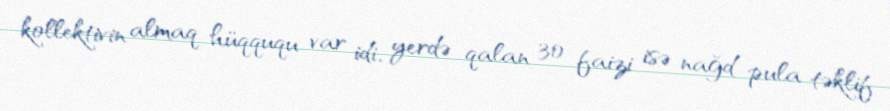
kollektivin almaq hüqququ var idi, yerdə qalan 30 faizi isə nağd pula təklif